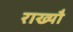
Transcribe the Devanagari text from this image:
राख्यौ